Manual of the Civil Veterinary Department, Central Provinces and Berar
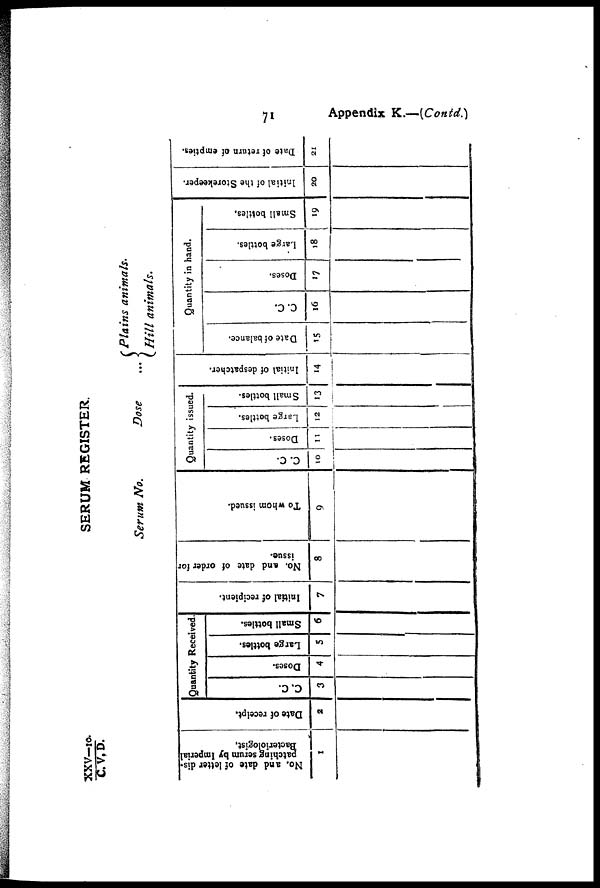
71
Appendix K.—(Contd.)
XXV—10. / C. V. D.
SERUM REGISTER.
Serum No.
Dose
... (Plains animals.
Hill animals.
No. and date of letter dis-
patching serum by Imperial
Bacteriologist.
1
Dat e of receipt.
2
Quantity Received.
c.c.
3
Doses.
4
Large bottles.
5
Small bottles.
6
I ni t i al of recipient.
7
No. and date of order for
issue.
8
To whom i
ssued.
9
Quantity issued.
C.C.
10
Doses.
11
Large bottles.
12
Small bottles.
13
I ni t i al of despatcher.
14
Quantity in hand.
Date of balance.
15
C.C.
16
Doses.
17
Large bottles.
18
Small bottles.
19
Initial of the Storekeeper.
20
Date of return of empties.
21